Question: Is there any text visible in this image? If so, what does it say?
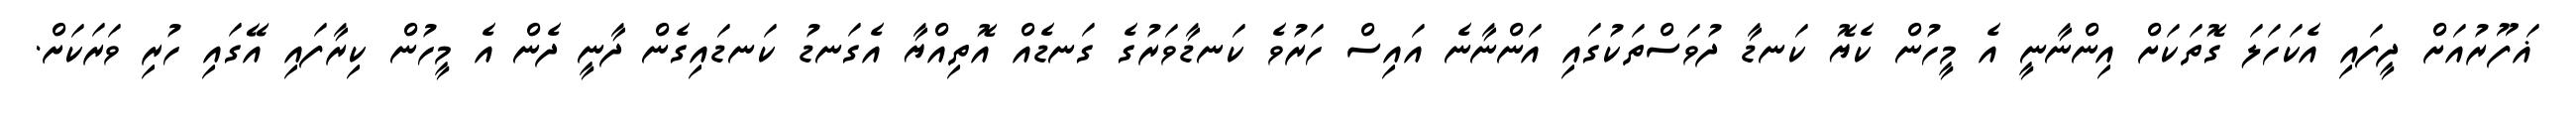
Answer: ޣަފޫރުއަށް ދީފައި އެކަހަލަ ގޮތަކަށް އިންނާނީ އެ މީހުން ކެޔޮ ކަނޑާ ދުވަސްތަކުގައި އަންނާނެ އައިސް ހަރުވެ ކަނޑާވަރުގެ ގަނޑެއް އޮތިއްޔާ އެގަނޑު ކަނޑައިގެން ދާނީ ދެން އެ މީހުން ކިރާފައި އޭގައި ހުރި ވަރަކަށް.